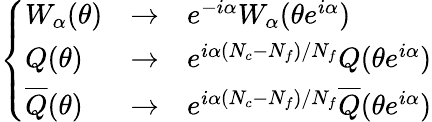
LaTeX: \left\{ \begin{array}{lll}{{W_{\alpha}(\theta)}}&{{\rightarrow}}&{{e^{-i\alpha}W_{\alpha}(\theta e^{i\alpha})}}\\ {{Q(\theta)}}&{{\rightarrow}}&{{e^{i\alpha(N_{c}-N_{f})/N_{f}}Q(\theta e^{i\alpha})}}\\ {{\overline{{{Q}}}(\theta)}}&{{\rightarrow}}&{{e^{i\alpha(N_{c}-N_{f})/N_{f}}\overline{{{Q}}}(\theta e^{i\alpha})}}\end{array}\right.